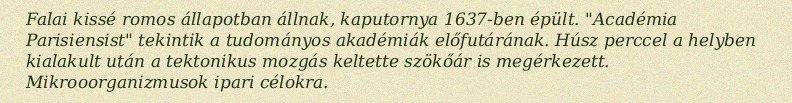
Falai kissé romos állapotban állnak, kaputornya 1637-ben épült. "Académia Parisiensist" tekintik a tudományos akadémiák előfutárának. Húsz perccel a helyben kialakult után a tektonikus mozgás keltette szökőár is megérkezett. Mikrooorganizmusok ipari célokra.